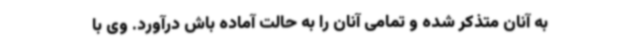
به آنان متذکر شده و تمامی آنان را به حالت آماده باش درآورد. وی با